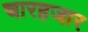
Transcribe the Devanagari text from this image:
चारहजार